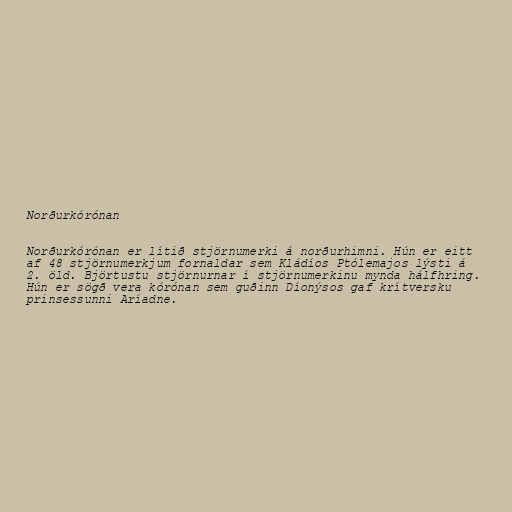
Norðurkórónan

Norðurkórónan er lítið stjörnumerki á norðurhimni. Hún er eitt
af 48 stjörnumerkjum fornaldar sem Kládíos Ptólemajos lýsti á
2. öld. Björtustu stjörnurnar í stjörnumerkinu mynda hálfhring.
Hún er sögð vera kórónan sem guðinn Díonýsos gaf krítversku
prinsessunni Aríadne.